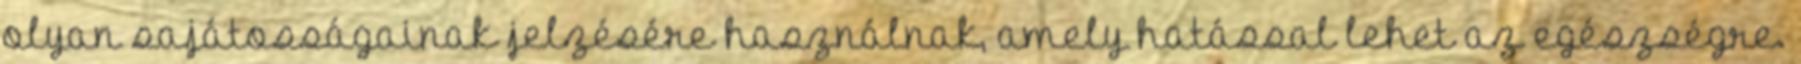
olyan sajátosságainak jelzésére használnak, amely hatással lehet az egészségre.